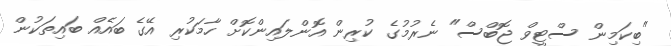
"ބިކަމިން ސްޓީވް ޖޮބްސް" ނެރުމުގެ ކުރިން އޮންލައިންކޮށް ހާމަކުރި އޭގެ ބައެއް ބައިތަކުން